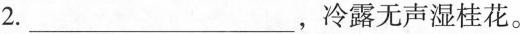
2.___，冷露无声湿桂花。